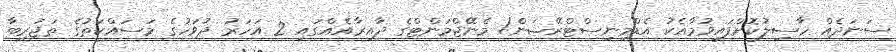
ސަނަދެއް ހާސިލުކޮށްފައިވުމާއެކު އެޑްމިނިސްޓްރޭޝަން/ މެނޭޖްމަންޓްގެ ދާއިރާއެއްގައި 2 އަހަރު ދުވަހުގެ މަސައްކަތުގެ ތަޖުރިބާ